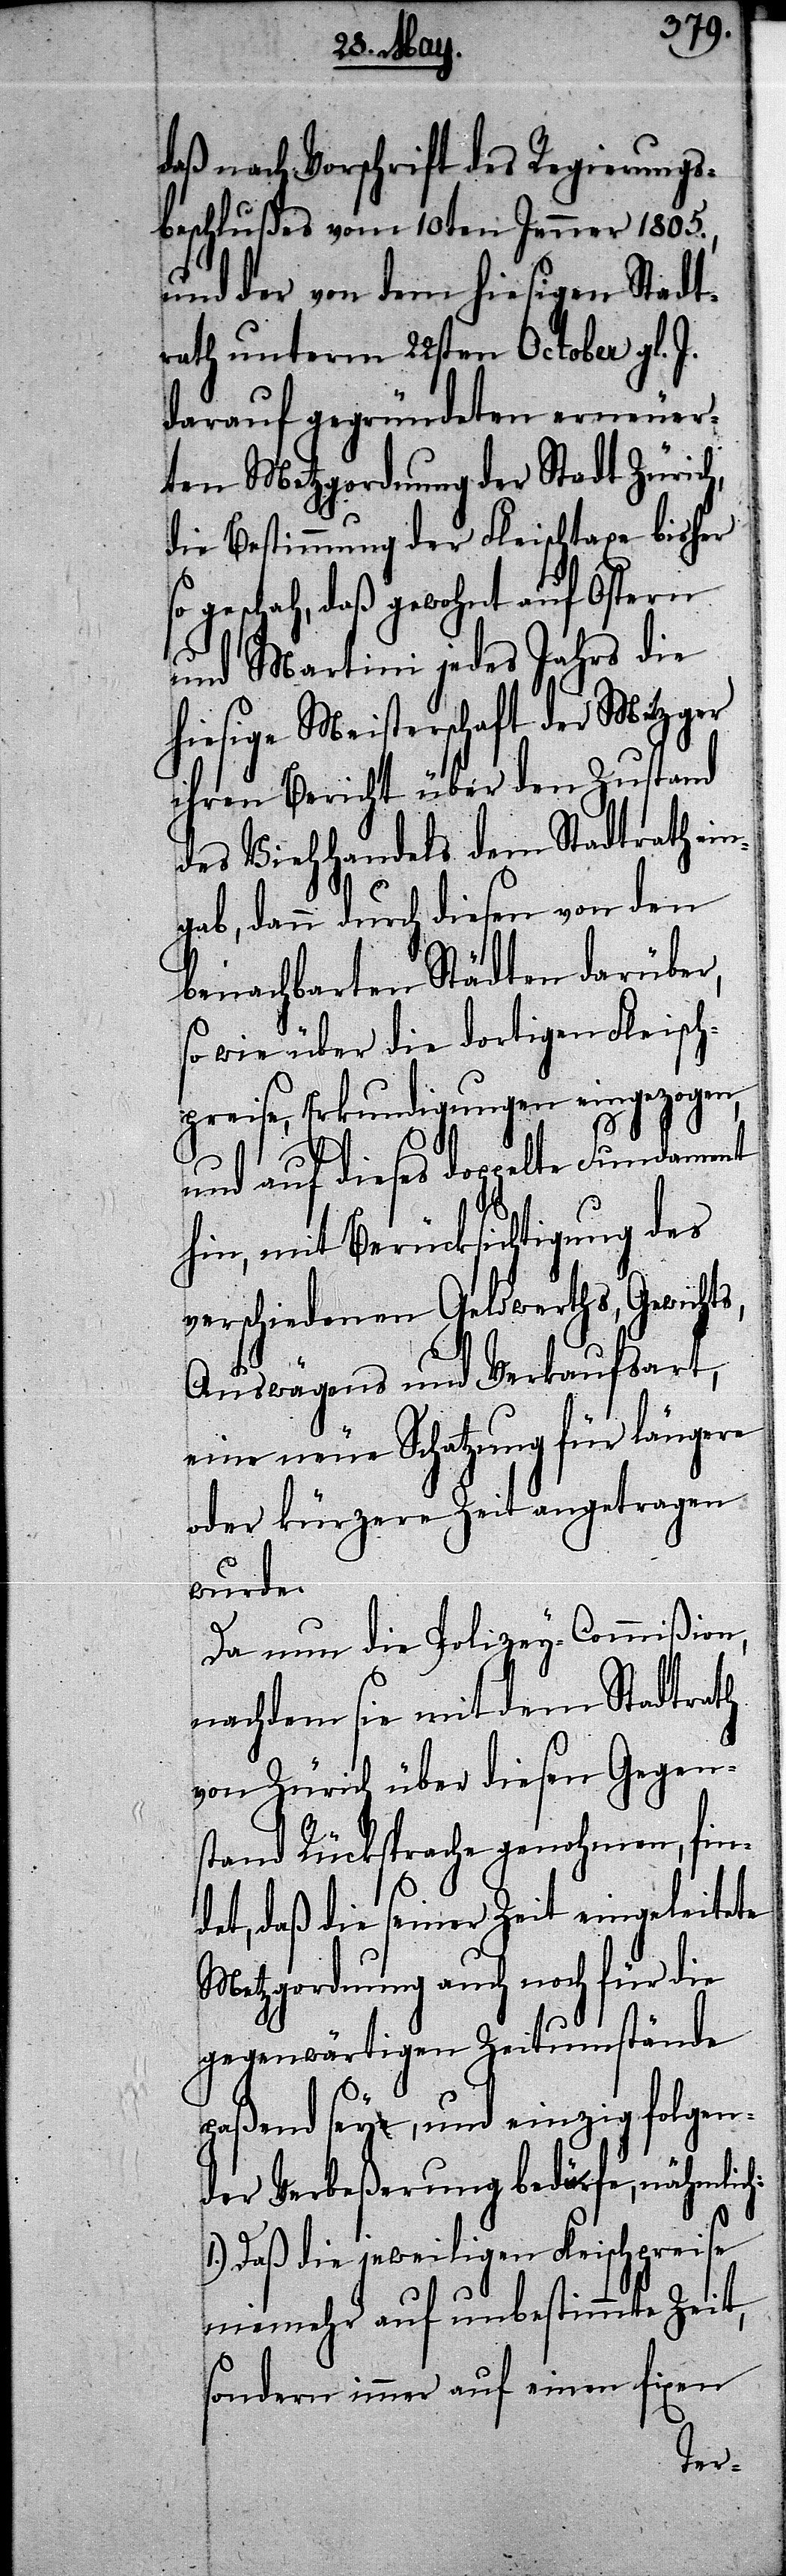
daß nach Vorschrift des Regierungs¬
beschlußes vom 10ten Jenner 1805.,
und der von dem hiesigen Stadt¬
rath unterm 22sten October gl. J.
darauf gegründeten erneuer¬
ten Metzgerordnung der Stadt Zürich,
die Bestimmung der Fleischtaxe bisher
geschah, daß gewohnt auf Ostern
und Martini jedes Jahrs die
hiesige Meisterschaft der Metzger
ihren Bericht über den Zustand
des Viehhandels dem Stadtrath ei¬
ngab, dann durch diesen von den
benachbarten Städten darüber,
so wie über die dortigen Fleisch¬
preise, Erkundigungen eingezogen,
und auf dieses doppelte Fundament
hin, mit Berücksichtigung des
verschiedenen Geldwerths, Gewich¬
Auswägens und Verkaufsart,
eine neue Schatzung für längere
oder kürzere Zeit angetragen
wurde.
Da nun die Polizey-Commißion,
nachdem sie mit dem Stadtrath
von Zürich über diesen Gegen¬
stand Rücksprache genohmen, fin¬
det, daß die seiner Zeit eingeleitete
Metzgordnung auch noch für die
gegenwärtigen Zeitumstände
paßend sey, und einzig folgen¬
der Verbeßerung bedürfe, nähmlich:
Daß die jeweiligen Fleischpreise
niehmehr auf unbestimmte Zeit,
sondern immer auf einen fixen
ts,